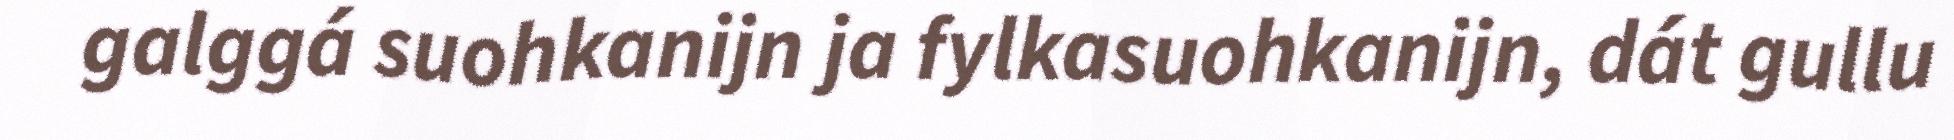
galggá suohkanijn ja fylkasuohkanijn, dát gullu